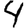
Digit: 4